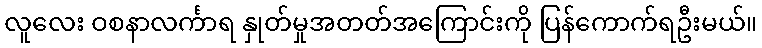
လူလေး ဝစနာလင်္ကာရ နှုတ်မှုအတတ်အကြောင်းကို ပြန်ကောက်ရဦးမယ်။